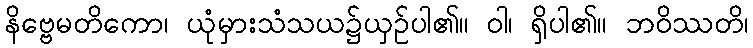
နိဗ္ဗေမတိကော၊ ယုံမှားသံသယ၌ယှဉ်ပါ၏။ ဝါ၊ ရှိပါ၏။ ဘဝိဿတိ၊